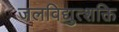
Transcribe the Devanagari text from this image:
जलविद्युत्शक्ति